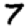
Digit: 7